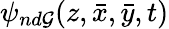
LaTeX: \psi_{nd\mathcal{G}}(z,\bar{{x}},\bar{{y}},t)